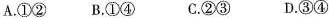
A.①② B.①④ C.②③ D.③④